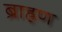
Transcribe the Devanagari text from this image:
ब्राह्रण